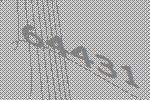
64431